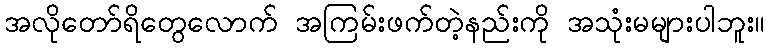
အလိုတော်ရိတွေလောက် အကြမ်းဖက်တဲ့နည်းကို အသုံးမများပါဘူး။